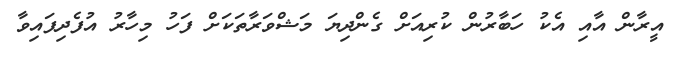
އީރާން އާއި އެކު ހަބާރުން ކުރިއަށް ގެންދިޔަ މަޝްވަރާތަކަށް ފަހު މިހާރު އުފެދިފައިވާ